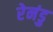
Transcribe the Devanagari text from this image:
रेनंडु